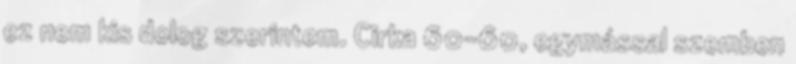
ez nem kis dolog szerintem. Cirka 60-60, egymással szemben